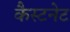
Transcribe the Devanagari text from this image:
कैस्टनेट